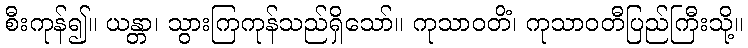
စီးကုန်၍။ ယန္တာ၊ သွားကြကုန်သည်ရှိသော်။ ကုသာဝတိံ၊ ကုသာဝတီပြည်ကြီးသို့။